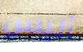
أليس